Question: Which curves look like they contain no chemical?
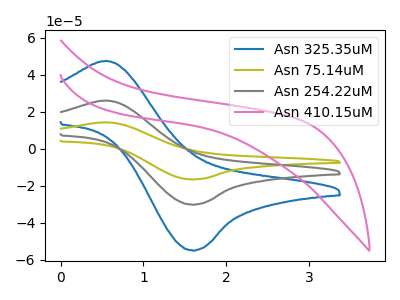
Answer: <think>The blue curve "Asn 325.35uM" has an anodic peak at (0.55V, 47.60uA) and a cathodic peak at (1.60V, -54.90uA). The olive curve "Asn 75.14uM" has an anodic peak at (0.55V, 52.25uA) and a cathodic peak at (1.60V, -60.25uA). The gray curve "Asn 254.22uM" has an anodic peak at (0.55V, 26.10uA) and a cathodic peak at (1.60V, -30.10uA). The pink curve "Asn 410.15uM" has no peaks.</think>
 <answer>"Asn 410.15uM" is likely to be a blank.</answer>
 <eval>Asn 410.15uM</eval>